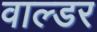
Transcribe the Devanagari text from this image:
वाल्डर